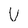
Character: U